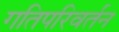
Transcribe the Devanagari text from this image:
गतिपरिवर्तन